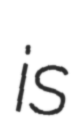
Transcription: is